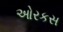
ઓરકસ